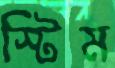
স্টিম